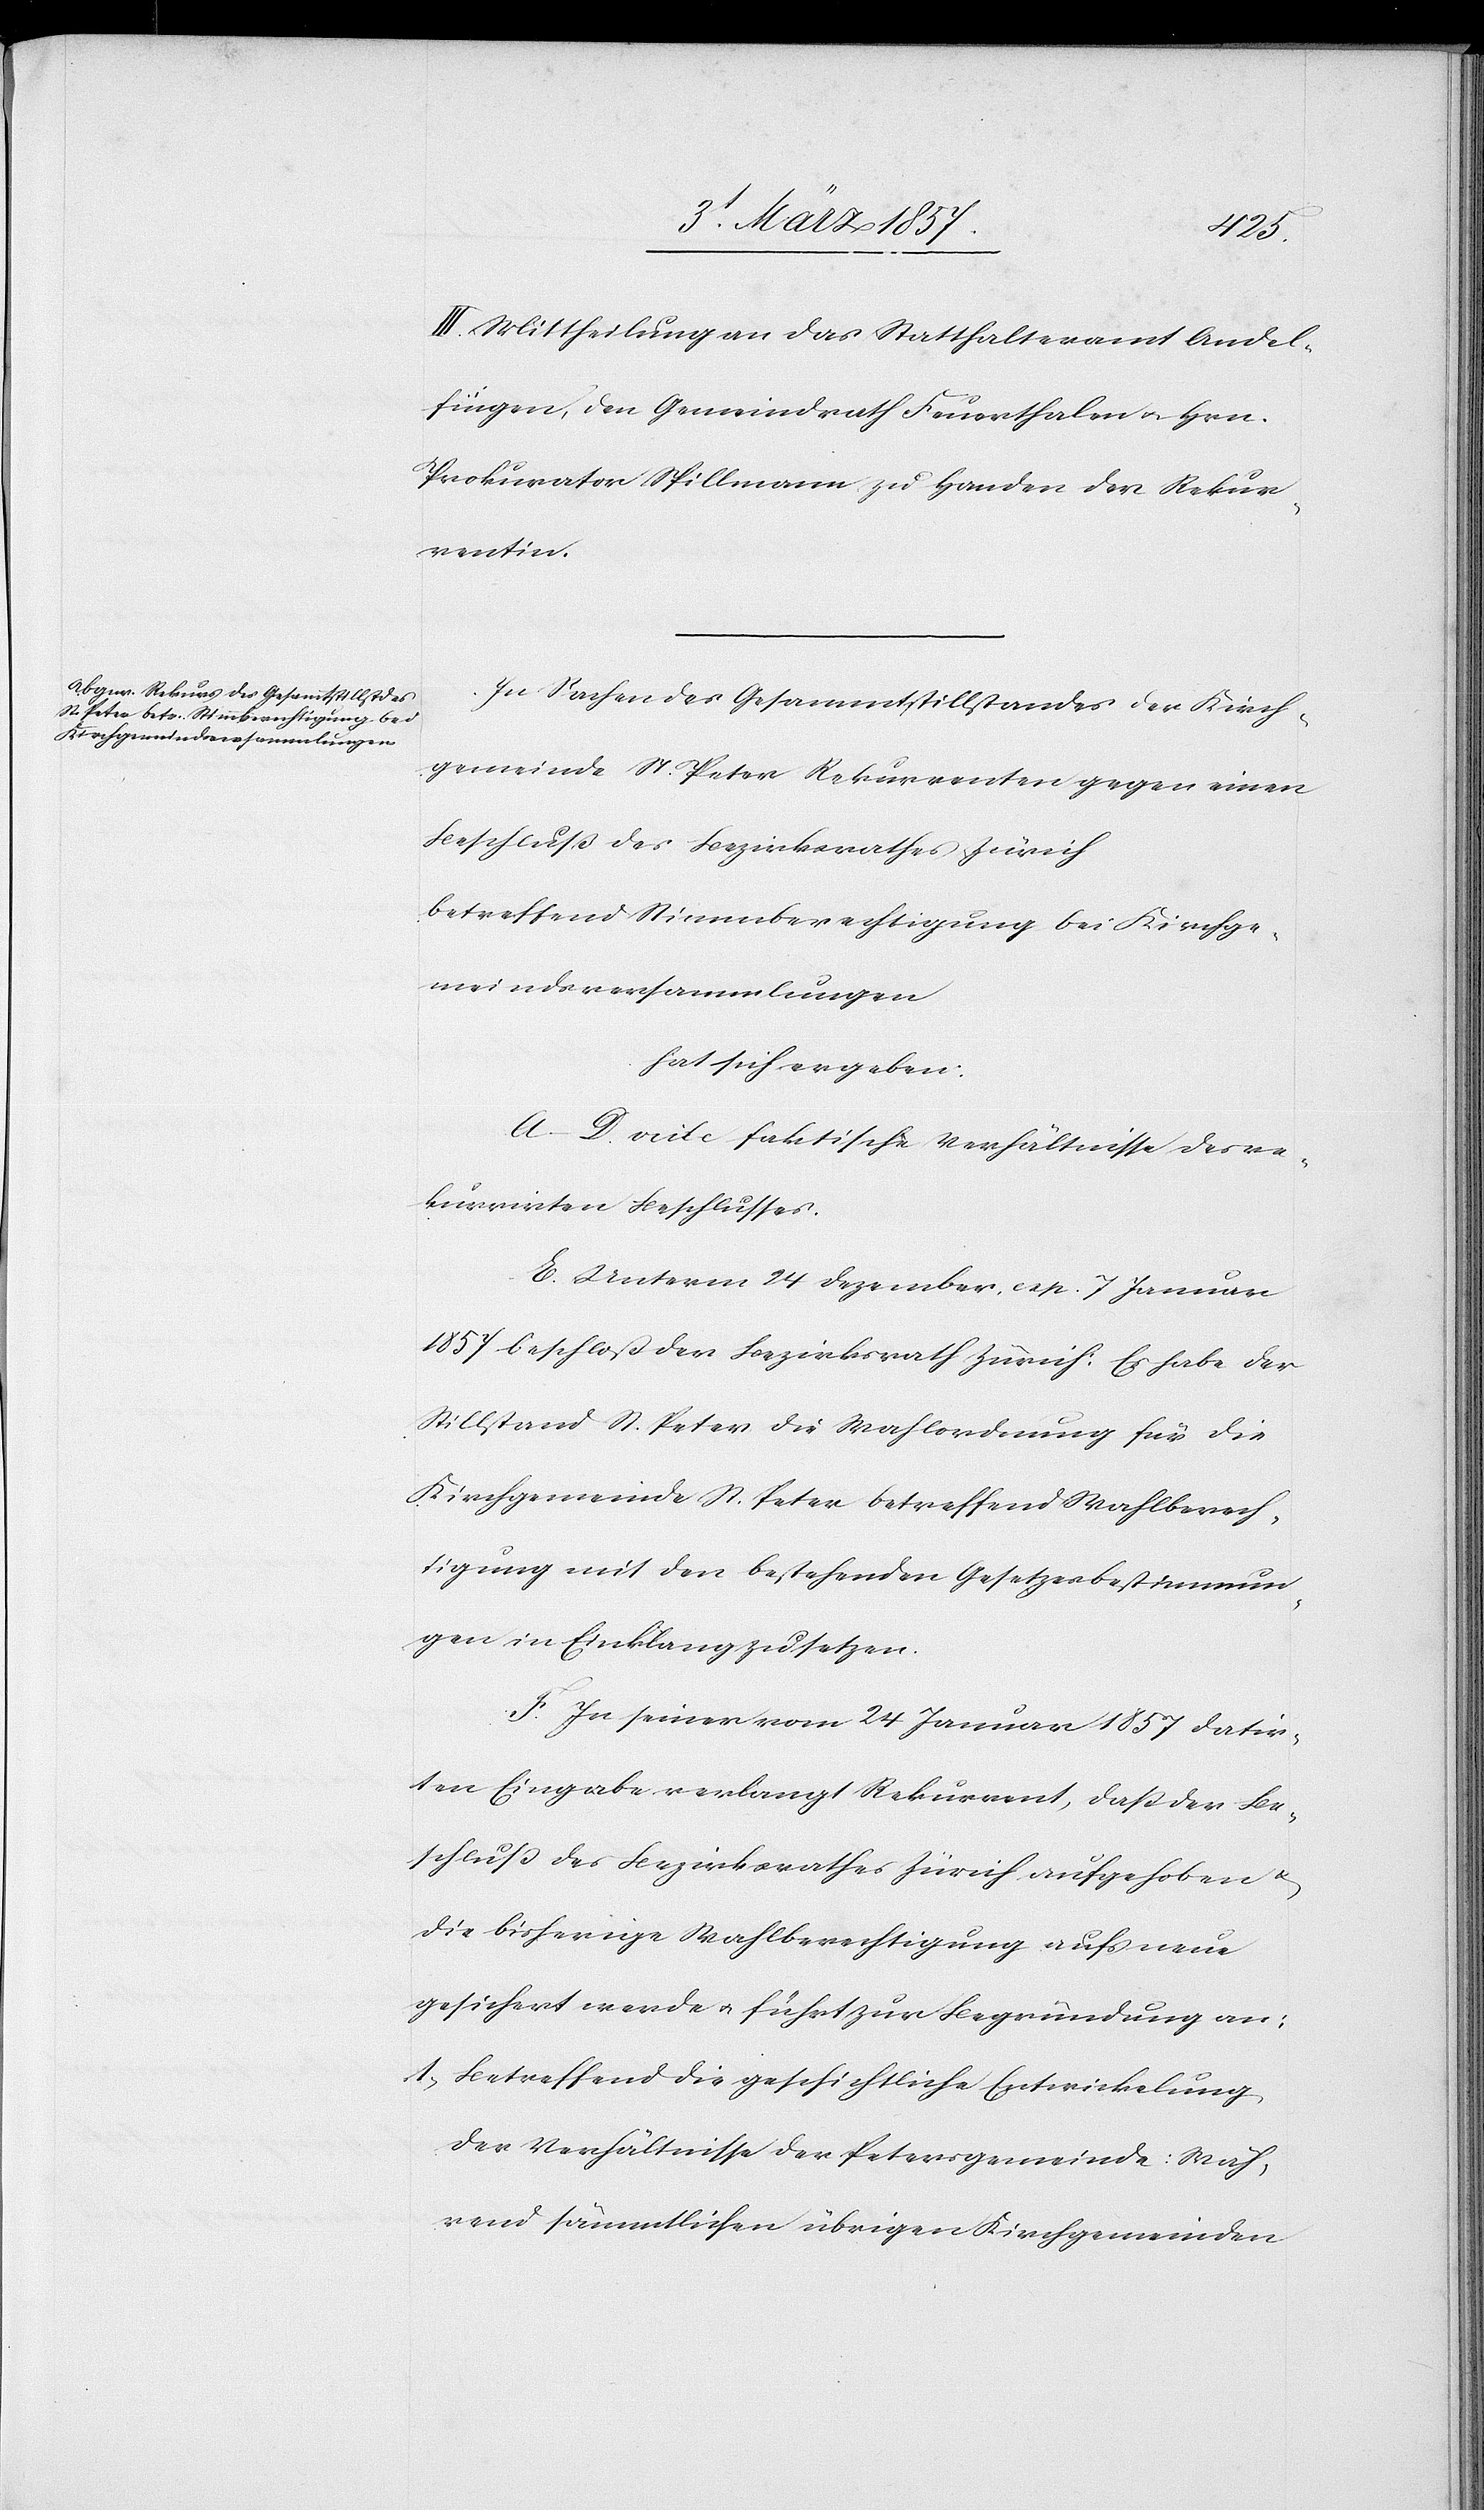
III. Mittheilung an das Statthalteramt Andel¬
fingen, den Gemeindrath Feuerthalen u. Hrn.
Prokurator Spillmann zu Handen der Rekur¬
rentin.
In Sachen des Gesammtstillstandes der Kirch¬
gemeinde St. Peter Rekurrenten gegen einen
Beschluß des Bezirksrathes Zürich
betreffend Stimmberechtigung bei Kirchge¬
meindsversammlungen
hat sich ergeben:
A.(D. vide faktische Verhältnisse des re¬
kurrirten Beschlusses.
E. Unterm 24 Dezember, cep. [?recte: resp.] 7 Januar
1857 beschloß der Bezirksrath Zürich: Es habe der
Stillstand St. Peter die Wahlordnung für die
Kirchgemeinde St. Peter betreffend Wahlberech¬
tigung mit den bestehenden Gesetzesbestimmun¬
gen in Einklang zu setzen.
F. In seiner vom 24 Januar 1857 datir¬
ten Eingabe verlangt Rekurrent, daß der Be¬
schluß des Bezirksrathes Zürich aufgehoben u.
die bisherige Wahlberechtigung aufs neue
gesichert werde u. führt zur Begründung an:
1. Betreffend die geschichtliche Entwickelung
der Verhältnisse der Petersgemeinde: Wäh¬
rend sämmtlichen übrigen Kirchgemeinden